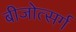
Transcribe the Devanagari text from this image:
बीजोत्सर्ग